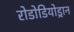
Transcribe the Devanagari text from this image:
रोडोडियोड्रान